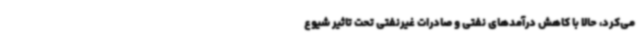
می‌کرد، حالا با کاهش درآمدهای نفتی و صادرات غیرنفتی تحت تاثیر شیوع